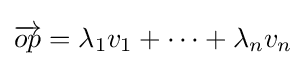
{\overrightarrow {op}}=\lambda _{1}v_{1}+\dots +\lambda _{n}v_{n}